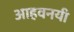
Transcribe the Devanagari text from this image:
आहवनयी